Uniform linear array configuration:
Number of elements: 24
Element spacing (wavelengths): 0.5
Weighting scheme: binomial
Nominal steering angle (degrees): -30
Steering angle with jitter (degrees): -29.294
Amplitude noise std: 0.05
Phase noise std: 0.05

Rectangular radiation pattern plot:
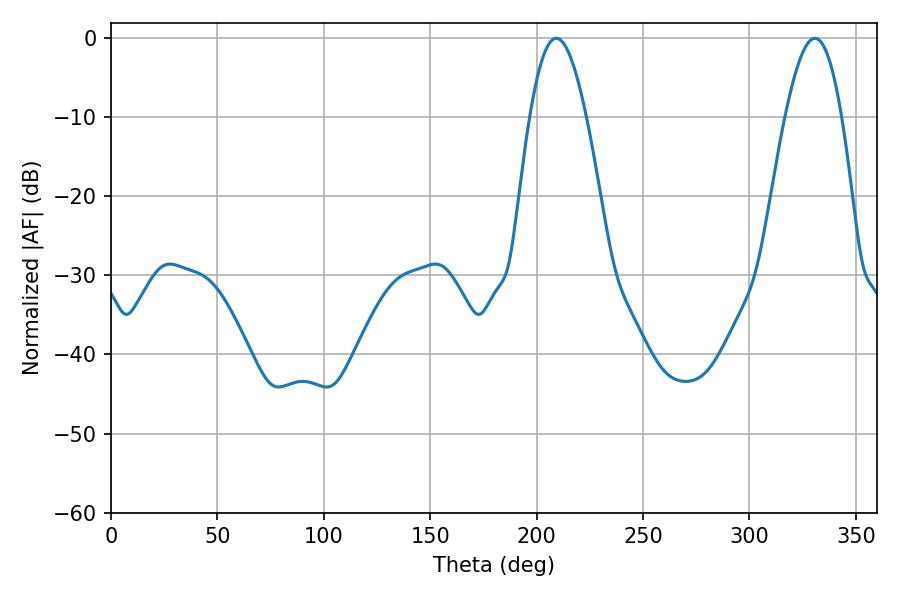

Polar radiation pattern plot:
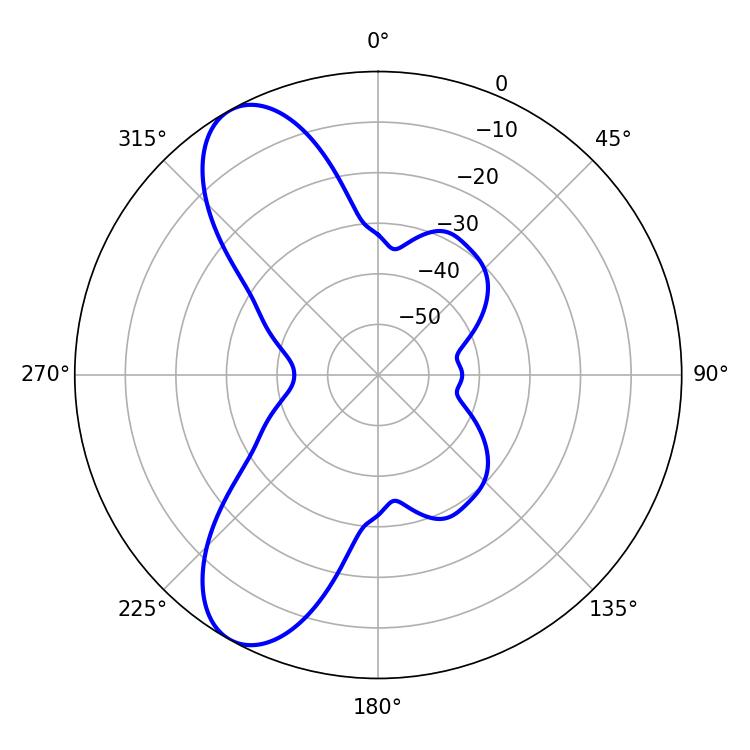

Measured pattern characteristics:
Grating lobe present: FALSE
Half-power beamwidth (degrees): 14.4
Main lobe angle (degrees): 209.16